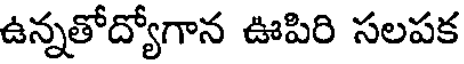
ఉన్నతోద్యోగాన ఊపిరి సలపక